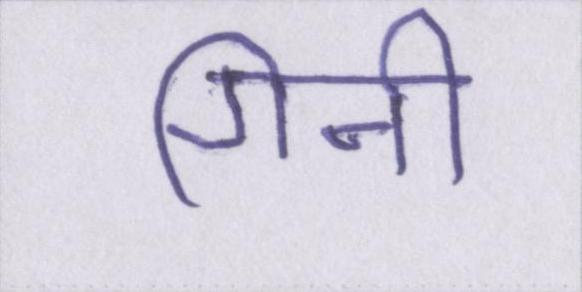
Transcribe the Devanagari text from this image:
गिनी